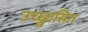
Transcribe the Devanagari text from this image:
उच्छ्वासित